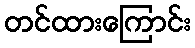
တင်ထားကြောင်း